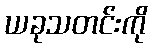
ယခုသတင်းကို